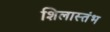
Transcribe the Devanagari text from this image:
शिलास्तंभ